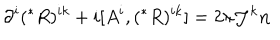
\partial ^ { i } ( ^ { * } R ) ^ { i k } + i [ A ^ { i } , ( ^ { * } R ) ^ { i k } ] = 2 \pi { \cal J } ^ { k } { \bf n }